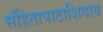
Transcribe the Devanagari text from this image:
संहितापाठाशिवाय